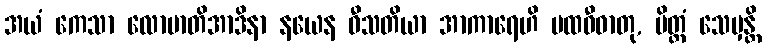
အယံ ကေသာ လောမာတိအာဒိနာ နယေန ဝီသတိယာ အာကာရေဟိ ပထဝီဓာတု, ပိတ္တံ သေမှန္တိ